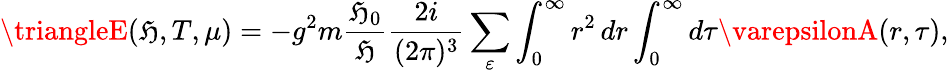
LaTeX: \triangleE(\mathfrak{H},T,\mu)=-g^{2}m\frac{{\mathfrak{H}_{0}}}{\mathfrak{H}}\frac{{2i}}{{(2\pi)^{3}}}\sum_{\varepsilon}\int_{0}^{\infty}r^{2}\, dr\int_{0}^{\infty}d\tau\varepsilonA(r,\tau),